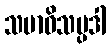
သမာဓိသမ္ပဒါ